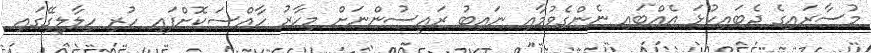
މުސާރައިގެ ދެބައިކުޅަ އެއްބައި ނެންގެވުމާއި ނައިބު ރައީސުންނަށް މިހާރު ހާއްސަކޮށްފައި ހުރި ހިލާލީގޭގައި